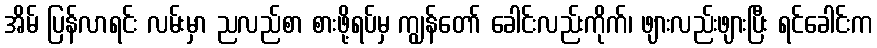
အိမ် ပြန်လာရင်း လမ်းမှာ ညလည်စာ စားဖို့ရပ်မှ ကျွန်တော် ခေါင်းလည်းကိုက်၊ ဖျားလည်းဖျားပြီး ရင်ခေါင်းက